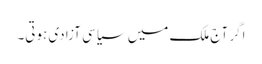
اگر آج ملک میں سیاسی آزادی ہوتی۔